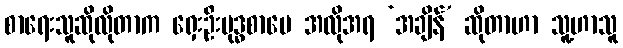
စာရေးသူဆိုလိုတာက ရှေးဦးဗုဒ္ဓစာပေ အလိုအရ ‘အချိန်’ ဆိုတာဟာ သူ့ဟာသူ